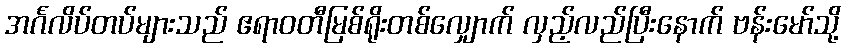
အင်္ဂလိပ်တပ်များသည် ဧရာဝတီမြစ်ရိုးတစ်လျှောက် လှည့်လည်ပြီးနောက် ဗန်းမော်သို့